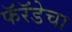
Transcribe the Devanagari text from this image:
फॅरॅडेचा